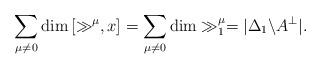
LaTeX: \begin{align*}\sum_{\mu\not=0} \dim \left[\gg^{\mu},x\right]=\sum_{\mu\not=0} \dim \gg_{1}^{\mu}=|\Delta_{1}\backslash{A}^{\perp}|.\end{align*}